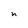
Character: n